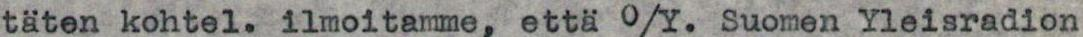
täten kohtel. ilmoitamme, että O/Y. Suomen Yleisradion